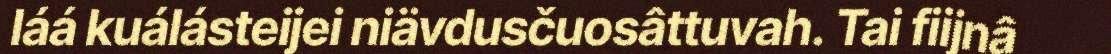
láá kuálásteijei niävdusčuosâttuvah. Tai fiijnâ